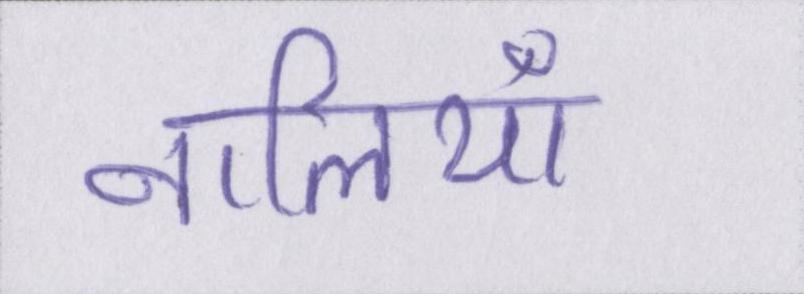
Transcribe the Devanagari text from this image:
नालियाँ